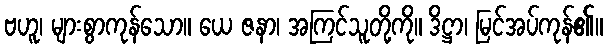
ဗဟူ၊ များစွာကုန်သော။ ယေ ဇနာ၊ အကြင်သူတို့ကို။ ဒိဋ္ဌာ၊ မြင်အပ်ကုန်၏။